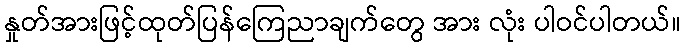
နှုတ်အားဖြင့်ထုတ်ပြန်ကြေညာချက်တွေ အား လုံး ပါဝင်ပါတယ်။